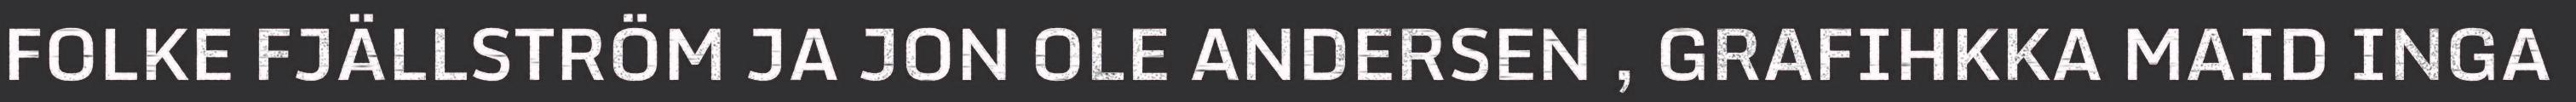
FOLKE FJÄLLSTRÖM JA JON OLE ANDERSEN , GRAFIHKKA MAID INGA